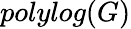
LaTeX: polylog(G)